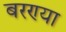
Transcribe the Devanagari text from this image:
बरण्या